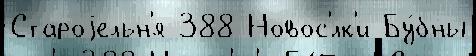
Староjельн'я 388 Новос'́лк'и Бу́бны